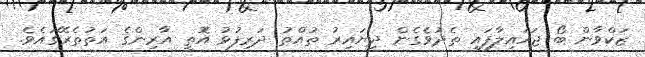
ޒަކްވާން ބޯ ޖަހައިލާފައި ތެދުވެގެން ދިޔައިރު ތުއްތު ދަރިފުޅު އޮތީ އާރިންގެ އަތުތެރޭގައެވެ.